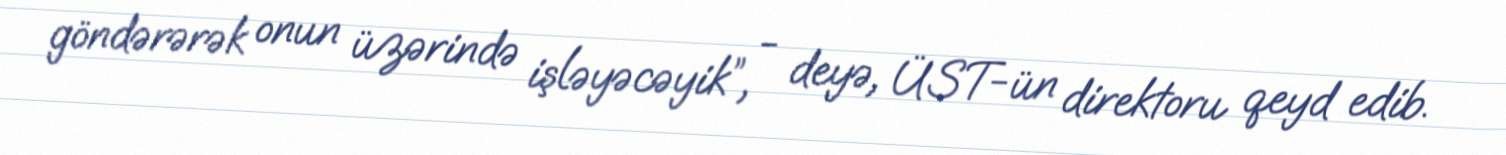
göndərərək onun üzərində işləyəcəyik”, - deyə, ÜST-ün direktoru qeyd edib.